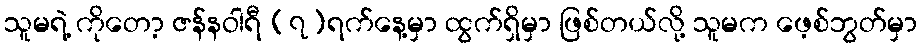
သူမရဲ့ ကိုတော့ ဇန်နဝါရီ (၇)ရက်နေ့မှာ ထွက်ရှိမှာ ဖြစ်တယ်လို့ သူမက ဖေ့စ်ဘွတ်မှာ